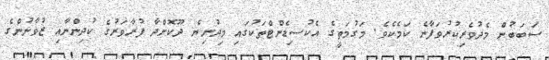
ސަބަބުން މެދުވެރިކުރުވަފާނެ ކަމެކެވެ. މަގުމަތީގެ އެކުސިޑެންޓްތަކުގައި މިދުނިޔެ ދޫކޮށްދާ ފުރާވަރުގެ ކުދިންނާއި ޒުވާނުންގެ